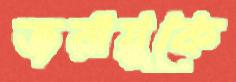
জরায়ুকে